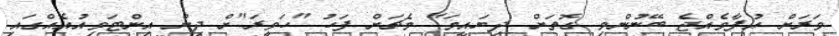
ވަރަށް އުފާވެއްޖެ ބޭނުންވި ގޮތަށް ދިޔައީމަ" މެޗަށް ފަހު "ހަވީރަ"ށް ދިން އިންޓަވިއުއެއްގައި